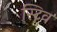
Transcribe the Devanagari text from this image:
स्टिव